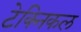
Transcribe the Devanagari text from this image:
टेक्‍निकल